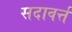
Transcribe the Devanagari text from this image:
सदावर्त्त